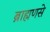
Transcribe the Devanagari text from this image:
ब्राह्मणसे